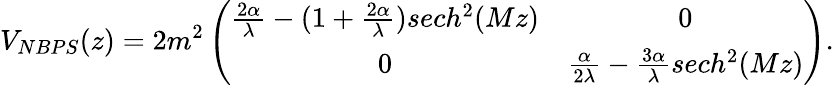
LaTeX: V_{NBPS}(z)=2m^{2}\left(\begin{array}{cc}{{\frac{2\alpha}{\lambda}-(1+\frac{2\alpha}{\lambda})sech^{2}(Mz)}}&{{0}}\\ {{0}}&{{\frac{\alpha}{2\lambda}-\frac{3\alpha}{\lambda}sech^{2}(Mz)}}\end{array}\right).